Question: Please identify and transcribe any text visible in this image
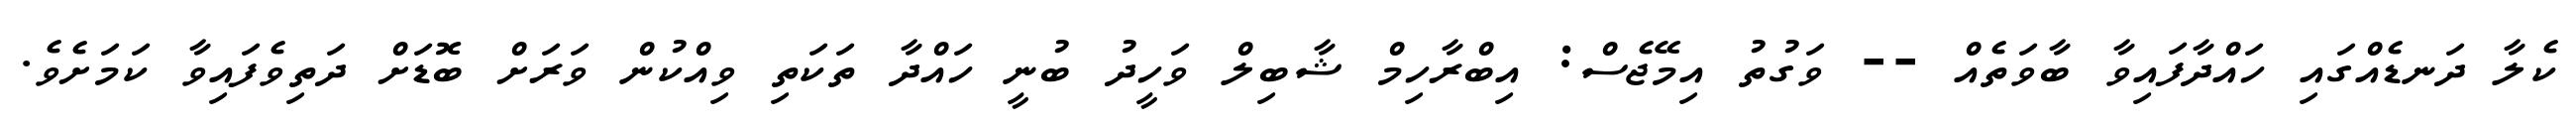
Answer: ކެލާ ދަނޑެއްގައި ހައްދާފައިވާ ބާވަތެއް -- ވަގުތު އިމޭޖެސް: އިބްރާހިމް ޝާބިލް ވަހީދު ބުނީ ހައްދާ ތަކަތި ވިއްކުން ވަރަށް ބޮޑަށް ދަތިވެފައިވާ ކަމަށެވެ.